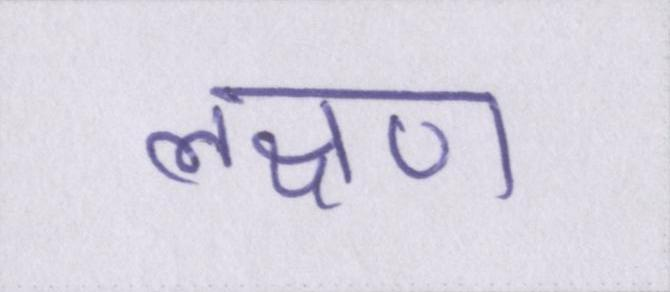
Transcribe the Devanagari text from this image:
लक्षण